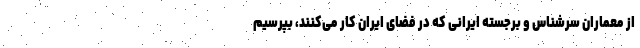
از معماران سرشناس و برجسته ایرانی که در فضای ایران کار می‌کنند، بپرسیم